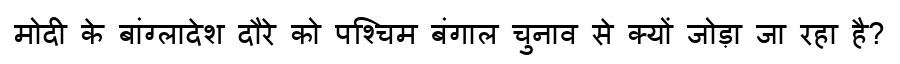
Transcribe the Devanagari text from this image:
मोदी के बांग्लादेश दौरे को पश्चिम बंगाल चुनाव से क्यों जोड़ा जा रहा है?